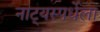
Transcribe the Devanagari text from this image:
नाट्यस्पर्धेला